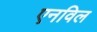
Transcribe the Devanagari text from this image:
एनविल